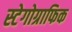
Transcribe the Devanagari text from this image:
स्टेगोग्राफिक